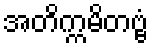
အတိက္ကမိတဗ္ဗံ